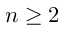
n \ge 2